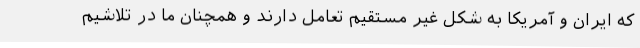
که ایران و آمریکا به شکل غیر مستقیم تعامل دارند و همچنان ما در تلاشیم